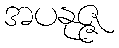
အပနုဇ္ဇ